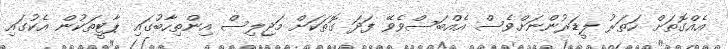
އެއްގޮތަށް ހަތަރު ލީޑަރުންނަށްވެސް އެއްބަސްވެވޭ ފަދަ ގޮތަކަށް މަޖިލިސް އިންތިހާބުގައި ޕާޓީތަކުން އެކުގައި